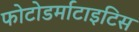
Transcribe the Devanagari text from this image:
फोटोडर्माटाइटिस